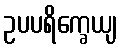
ဥပပရိက္ခေယျ